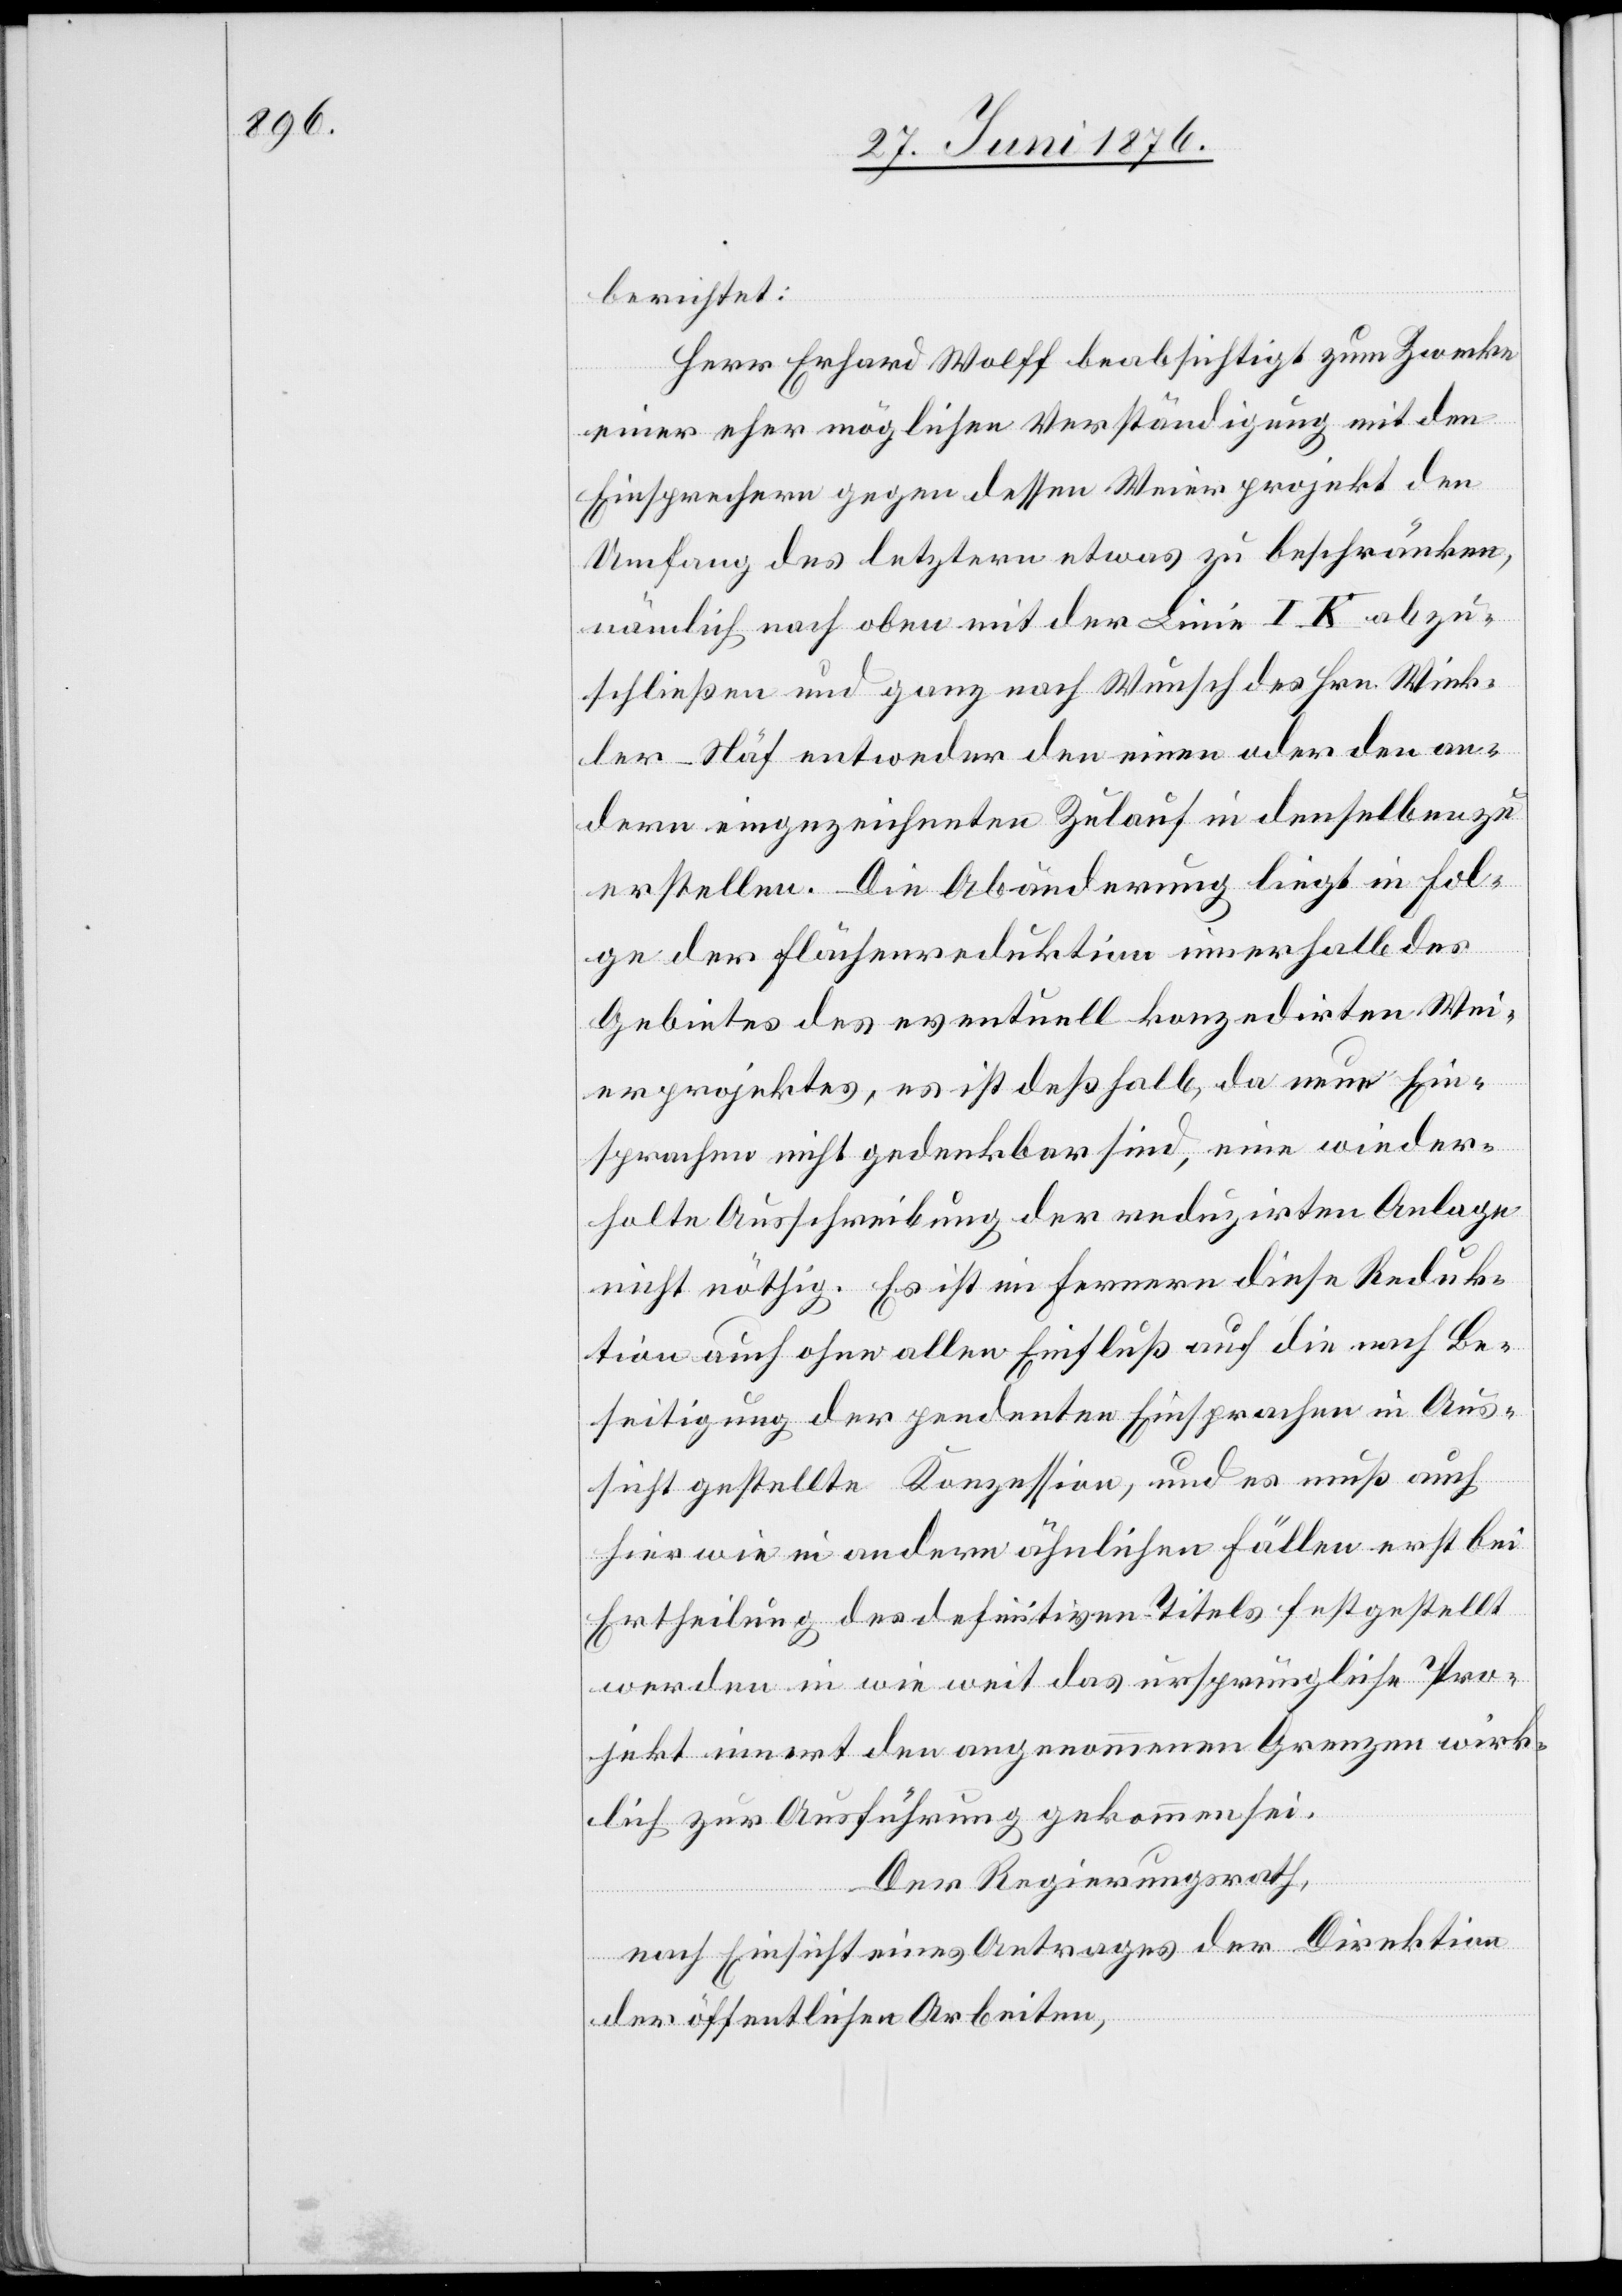
berichtet:
Herr Erhard Wolff beabsichtigt zum Zwecke
einer eher möglichen Verständigung mit den
Einsprechern gegen dessen Weierprojekt den
Umfang des letztern etwas zu beschränken,
nämlich nach oben mit der Linie I K abzu¬
schließen und ganz nach Wunsch des Hrn. Wink¬
ler-Näf entweder den einen oder den an¬
dern eingezeichneten Zulauf in denselben zu
erstellen. Die Abänderung liegt in Fol¬
ge der Flächenreduktion innerhalb des
Gebietes des eventuell konzedirten Wei¬
erprojektes, es ist deßhalb, da neue Ein¬
sprachen nicht gedenkbar sind, eine wieder¬
holte Ausschreibung der reduzirten Anlage
nicht nöthig. Es ist im Fernern diese Reduk¬
tion auch ohne allen Einfluß auf die nach Be¬
seitigung der pendenten Einsprachen in Aus¬
sicht gestellte Konzession, und es muß auch
hier wie in andern ähnlichen Fällen erst bei
Ertheilung des definitiven Titels festgestellt
werden in wie weit das ursprüngliche Pro¬
jekt innert den angenommenen Grenzen wirk¬
lich zur Ausführung gekommen sei.
Der Regierungsrath,
nach Einsicht eines Antrages der Direktion
der öffentlichen Arbeiten,